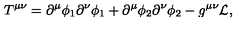
T ^ { \mu \nu } = \partial ^ { \mu } \phi _ { 1 } \partial ^ { \nu } \phi _ { 1 } + \partial ^ { \mu } \phi _ { 2 } \partial ^ { \nu } \phi _ { 2 } - g ^ { \mu \nu } { \cal L } ,